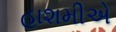
હાશમીએ